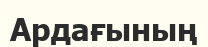
Ардағының